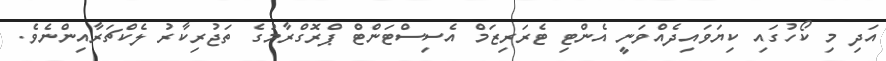
އަދި މި ކޯހުގައި ކިޔަވައިދެއްވަނީ އެންޓި ޓެރަރިޒަމް އެސިސްޓަންޓް ޕްރޮގްރާމުގެ ތަޖުރިކާރު ލެކްޗަރާއިންނެވެ.